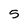
Character: 5